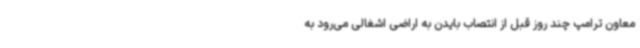
معاون ترامپ چند روز قبل از انتصاب بایدن به اراضی اشغالی می‌رود به